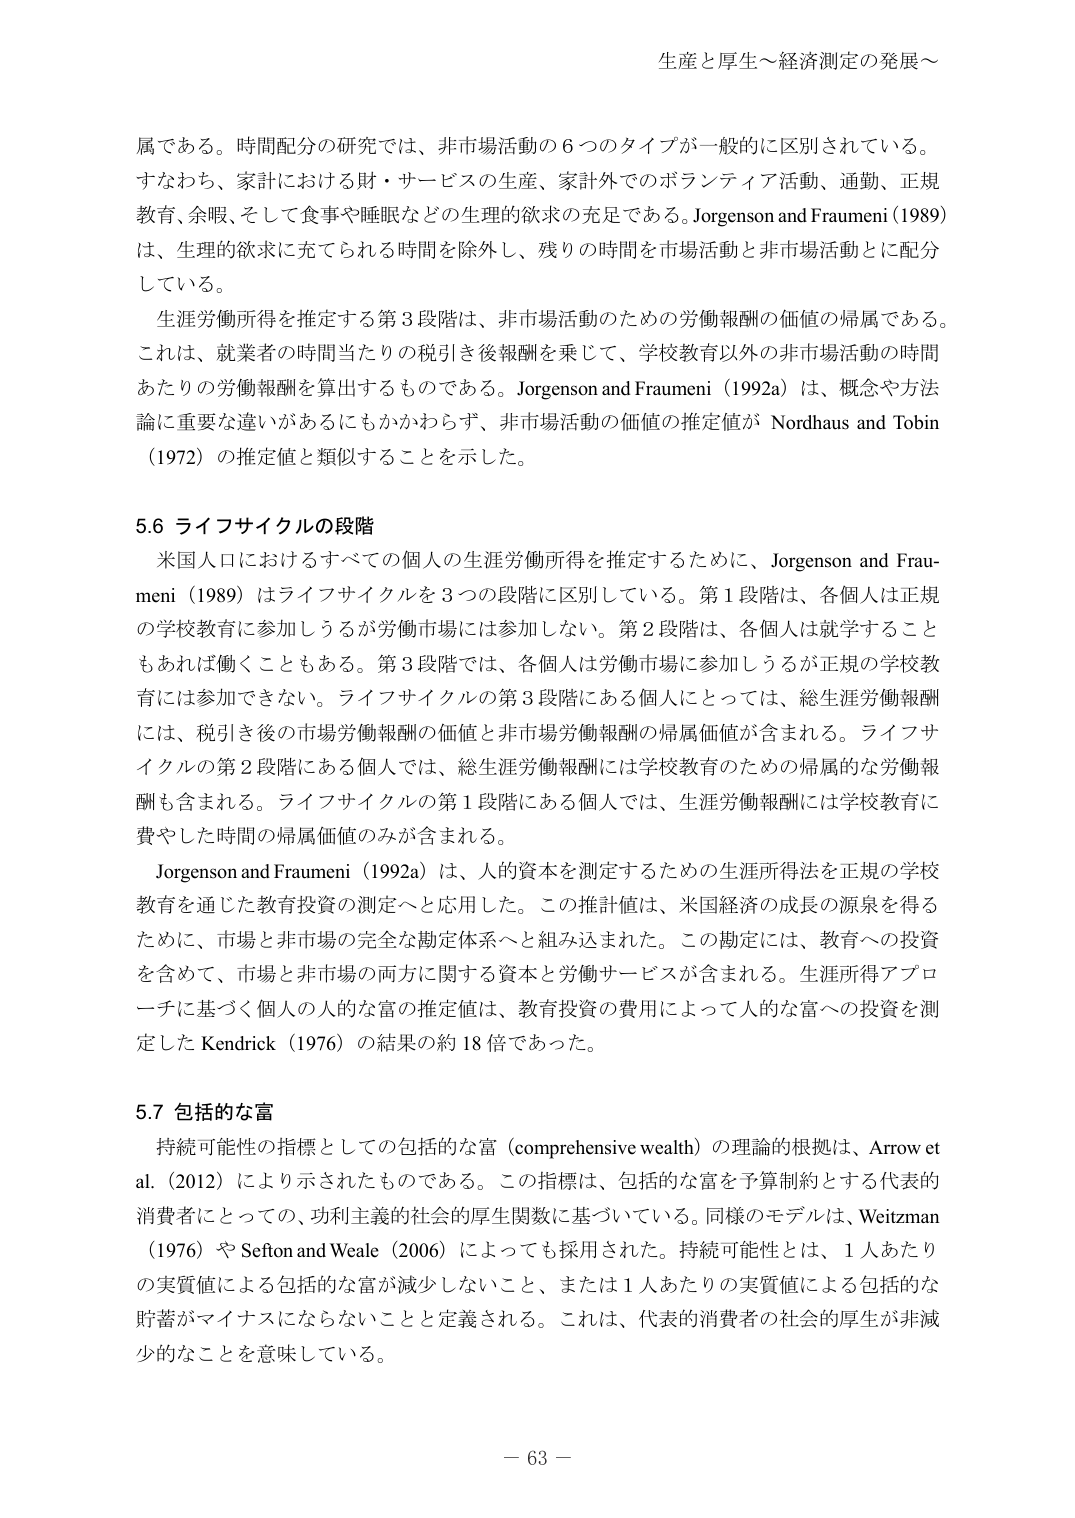
生産と厚生～経済測定の発展～

属である。時間配分の研究では、非市場活動の６つのタイプが一般的に区別されている。
すなわち、家計における財・サービスの生産、家計外でのボランティア活動、通勤、正規教育、余暇、そして食事や睡眠などの生理的欲求の充足である。Jorgenson and Fraumeni (1989) は、生理的欲求に充てられる時間を除外し、残りの時間を市場活動と非市場活動とに配分している。

生涯労働所得を推定する第３段階は、非市場活動のための労働報酬の価値の帰属である。これは、就業者の時間当たりの税引き後報酬を乗じて、学校教育以外の非市場活動の時間あたりの労働報酬を算出するものである。Jorgenson and Fraumeni (1992a) は、概念や方法論に重要な違いがあるにもかかわらず、非市場活動の価値の推定値が Nordhaus and Tobin (1972) の推定値と類似することを示した。

5.6 ライフサイクルの段階

米国人口におけるすべての個人の生涯労働所得を推定するために、Jorgenson and Fraumeni (1989) はライフサイクルを３つの段階に区別している。第１段階は、各個人は正規の学校教育に参加しうるが労働市場には参加しない。第２段階は、各個人は就学することもあれば働くこともある。第３段階では、各個人は労働市場に参加しうるが正規の学校教育には参加できない。ライフサイクルの第３段階にある個人にとっては、総生涯労働報酬には、税引き後の市場労働報酬の価値と非市場労働報酬の帰属価値が含まれる。ライフサイクルの第２段階にある個人では、総生涯労働報酬には学校教育のための帰属的な労働報酬も含まれる。ライフサイクルの第１段階にある個人では、生涯労働報酬には学校教育に費やした時間の帰属価値のみが含まれる。

Jorgenson and Fraumeni (1992a) は、人的資本を測定するための生涯所得法を正規の学校教育を通じた教育投資の測定へと応用した。この推定値は、米国経済の成長の源泉を得るために、市場と非市場の完全な勘定体系へと組み込まれた。この勘定には、教育への投資を含めて、市場と非市場の両方に関する資本と労働サービスが含まれる。生涯所得アプローチに基づく個人の人的な富の推定値は、教育投資の費用によって人的な富への投資を測定した Kendrick (1976) の結果の約18倍であった。

5.7 包括的な富

持続可能性の指標としての包括的な富（comprehensive wealth）の理論的根拠は、Arrow et al. (2012) により示されたものである。この指標は、包括的な富を予算制約とする代表的消費者にとっての、功利主義的的社会的厚生関数に基づいている。同様のモデルは、Weitzman (1976) や Sefton and Weale (2006) によっても採用された。持続可能性とは、１人あたりの実質値による包括的な富が減少しないこと、または１人あたりの実質値による包括的な貯蓄がマイナスにならないことと定義される。これは、代表的消費者の社会的厚生が非減少的なることを意味している。

－ 63 －